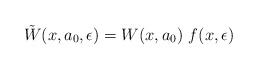
\begin{align*}\tilde {W}(x,a_0,\epsilon) = W(x,a_0)~f(x,\epsilon)\end{align*}